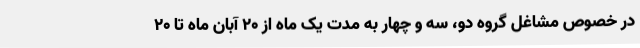
در خصوص مشاغل گروه دو، سه و چهار به مدت یک ماه از 20 آبان ماه تا 20